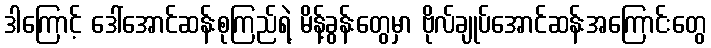
ဒါကြောင့် ဒေါ်အောင်ဆန်းစုကြည်ရဲ့ မိန့်ခွန်းတွေမှာ ဗိုလ်ချုပ်အောင်ဆန်းအကြောင်းတွေ